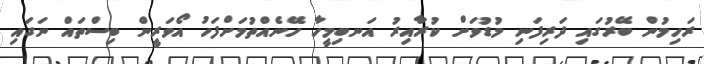
ރަހިމުން ބޭރުގައި ދަރިފަނި މުޑުވަށް ކުރާއިރު އަނބިމީހާ ހޭނެއްތުމަށްފަހު އޯވަރީން ބިސްތައް ނަގައި